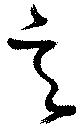
意